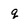
Character: q